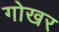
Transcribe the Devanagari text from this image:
गोखर